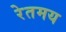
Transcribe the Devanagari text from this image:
रेतमय